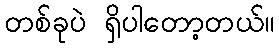
တစ်ခုပဲ ရှိပါတော့တယ်။